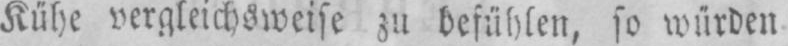
Kühe vergleichsweise zu befühlen, so würden